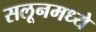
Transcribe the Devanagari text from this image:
सलूनमध्ये